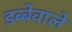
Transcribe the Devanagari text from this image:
डब्बेवाले